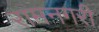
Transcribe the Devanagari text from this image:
रामनगरी